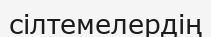
сілтемелердің